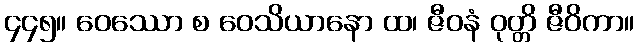
၄၄၅။ ဝေဿော စ ဝေသိယာနော ထ၊ ဇီဝနံ ဝုတ္တိ ဇီဝိကာ။